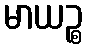
မာယဉ္စ